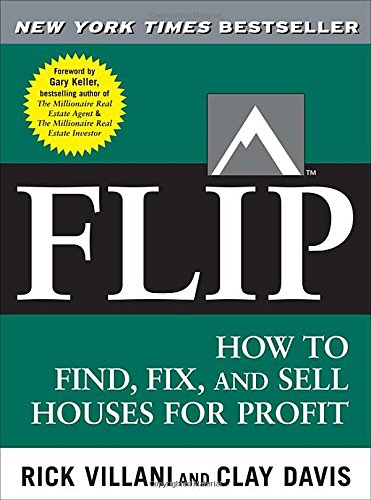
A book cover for FLIP: How to Find, Fix, and Sell Houses for Profit; Rick Villani; Business & Money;